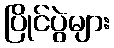
ပြိုင်ပွဲများ